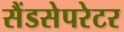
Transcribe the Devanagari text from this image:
सैंडसेपरेटर